Lui_Olesk, lk 14
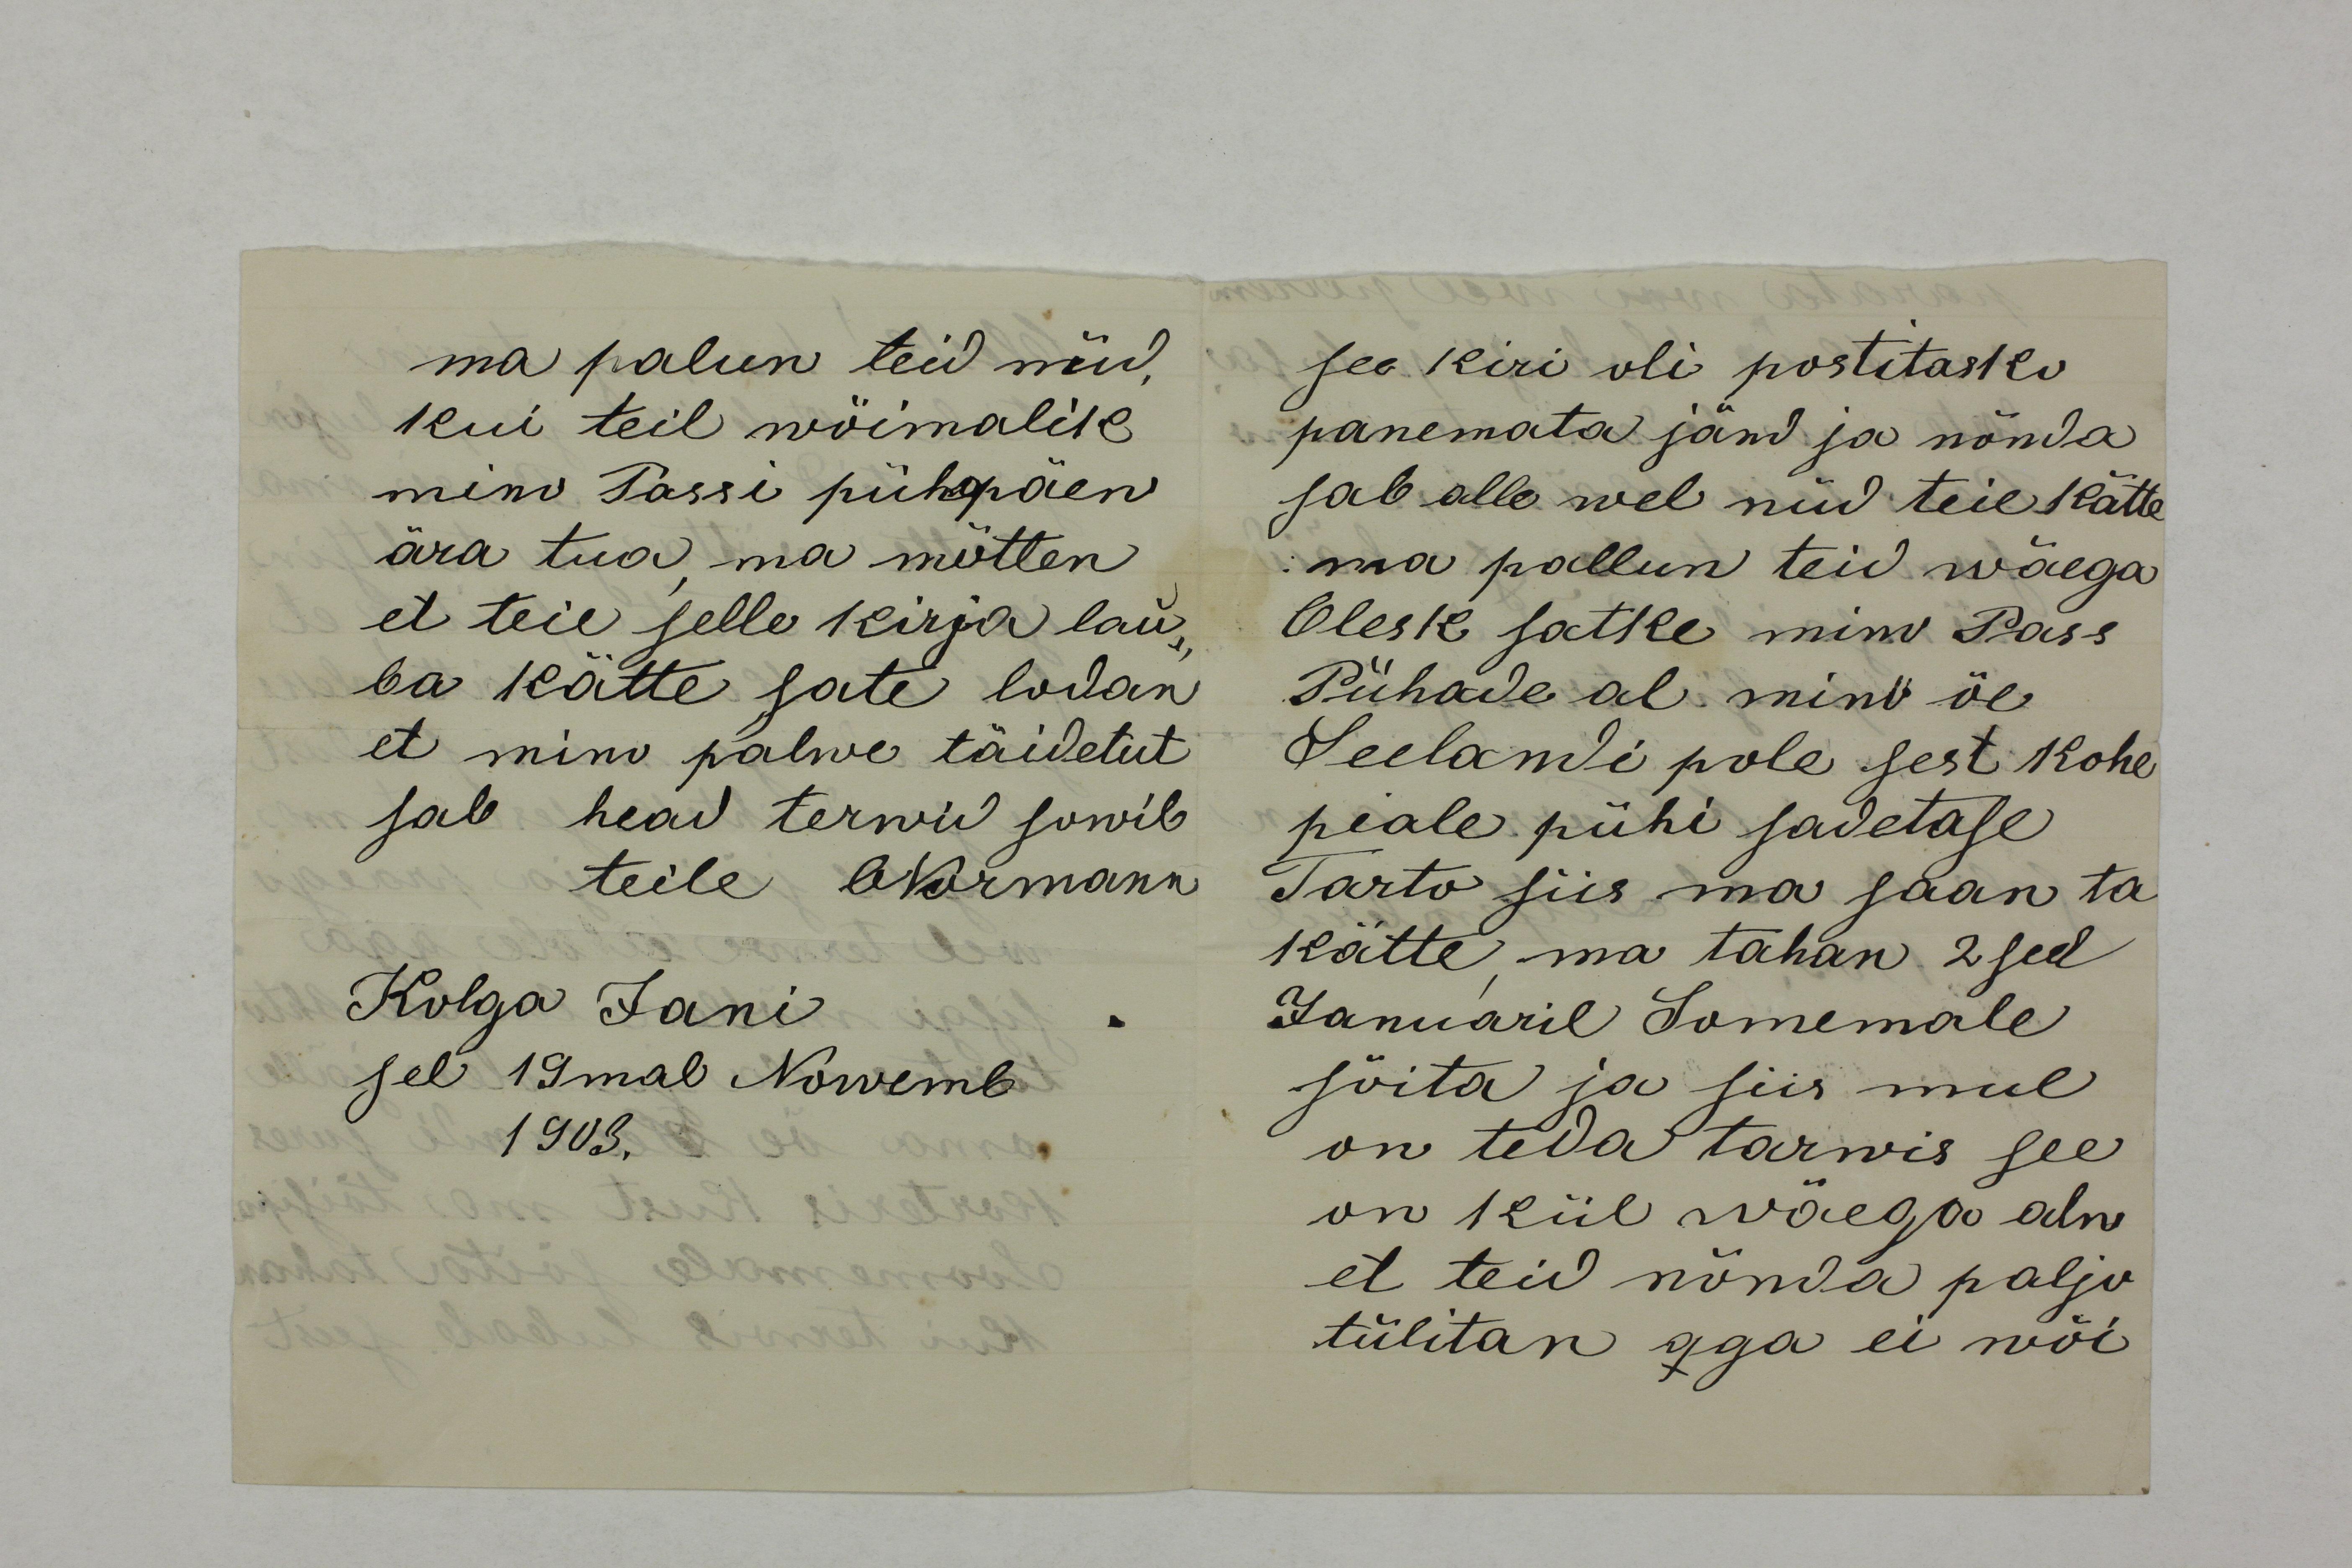
ma palun teid nüd,
kui teil wöimalik
minu Passi pühapäew
ära tua, ma mõtlen
et teie selle kirja lau-
ba kätte sate lodan
et mino palwe täidetut 
sab head terwid sowib
teile ONormann
Kolga Jani
sel 19mal Nowemb
1903.

see kiri oli postitasko
panemata jänd ja nõnda
sab alle wel nüd teie kätte
ma pallun teid wäega
Olesk satke minu Pass
Pühade al mino õe
Seelandi pole sest kohe
piale pühi sadetase
Tarto siis ma saan ta
kätte, ma tahan 2 seel
Januaril Somemale 
sõita ja siis mul 
on teda tarwis see
on kül wäega alw
et teid nõnda paljo
tülitan aga ei wõi